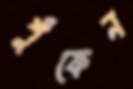
শুঁকেন